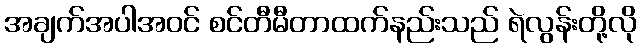
အချက်အပါအဝင် စင်တီမီတာထက်နည်းသည် ရဲလွန်းတို့လို